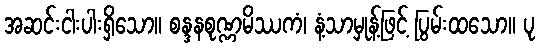
အဆင်းငါးပါးရှိသော။ စန္ဒနစုဏ္ဏမိဿကံ၊ နံ့သာမှုန့်ဖြင့် ပြွမ်းထသော။ ပု